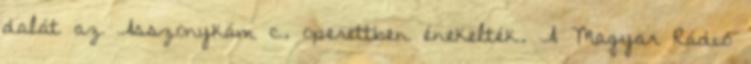
dalát az Asszonykám c. operettben énekelték. A Magyar Rádió